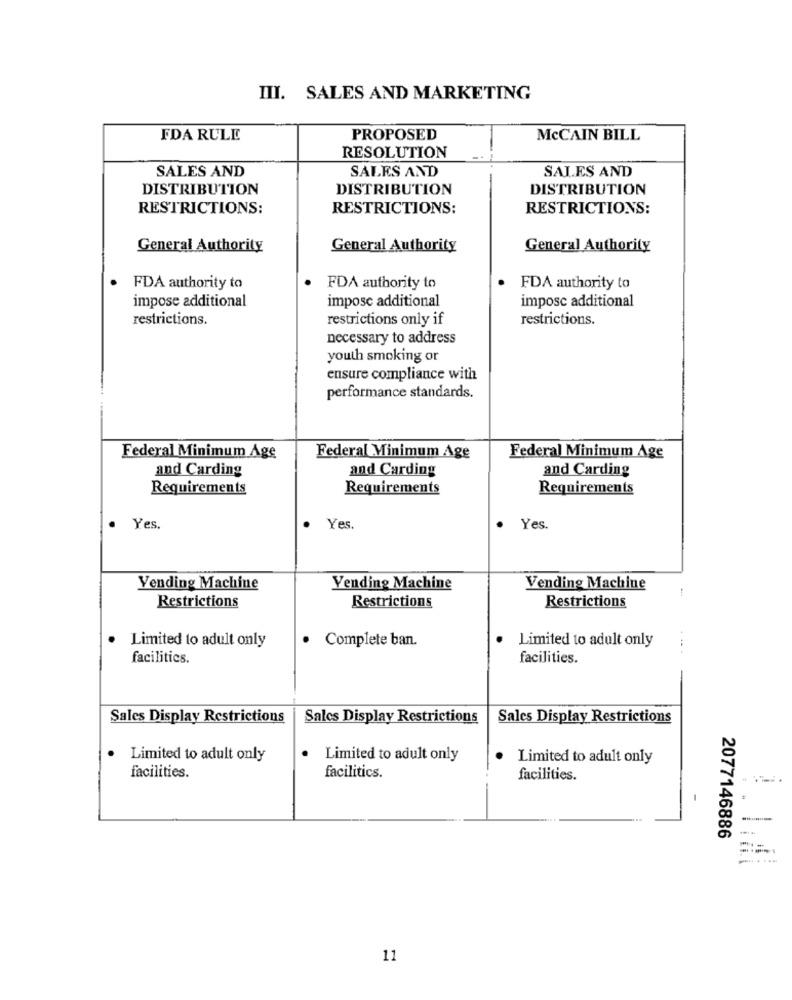
III. SALES AND MARKETING
FDA RULE
PROPOSED
MCCAIN BILL
RESOLUTION
SALES AND
SALES AND
SALES AND
DISTRIBUTION
DISTRIBUTION
DISTRIBUTION
RESTRICTIONS:
RESTRICTIONS:
RESTRICTIONS:
General Authority
General Authority
General Authority
FDA authority to
FDA authority to
FDA authority to
impose additional
impose additional
imposc additional
restrictions.
restrictions only if
restrictions.
necessary to address
youth smoking or
ensure compliance with
performance standards.
Federal Minimum Age
Federal Minimum Age
Federal Minimum Age
and Carding
and Carding
and Carding
Requirements
Requirements
Requirements
Yes.
Yes.
Yes.
Vending Machine
Vending Machine
Vending Machine
Restrictions
Restrictions
Restrictions
Limited to adult only
· Complete ban.
Limited to adult only
facilities.
facilities.
Sales Display Restrictions
Sales Display Restrictions
Sales Display Restrictions
Limited to adult only
Limited to adult only
Limited to adult only
facilities.
facilitics.
facilities.
2077146886
11